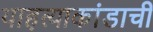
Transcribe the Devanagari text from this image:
याहत्याकांडाची